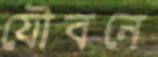
যৌবনে